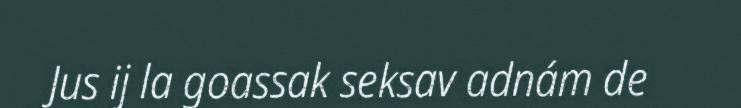
Jus ij la goassak seksav adnám de